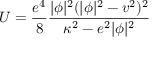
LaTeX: U = \frac { e ^ { 4 } } 8 \frac { | \phi | ^ { 2 } ( | \phi | ^ { 2 } - v ^ { 2 } ) ^ { 2 } } { { \kappa ^ { 2 } } - e ^ { 2 } | \phi | ^ { 2 } }